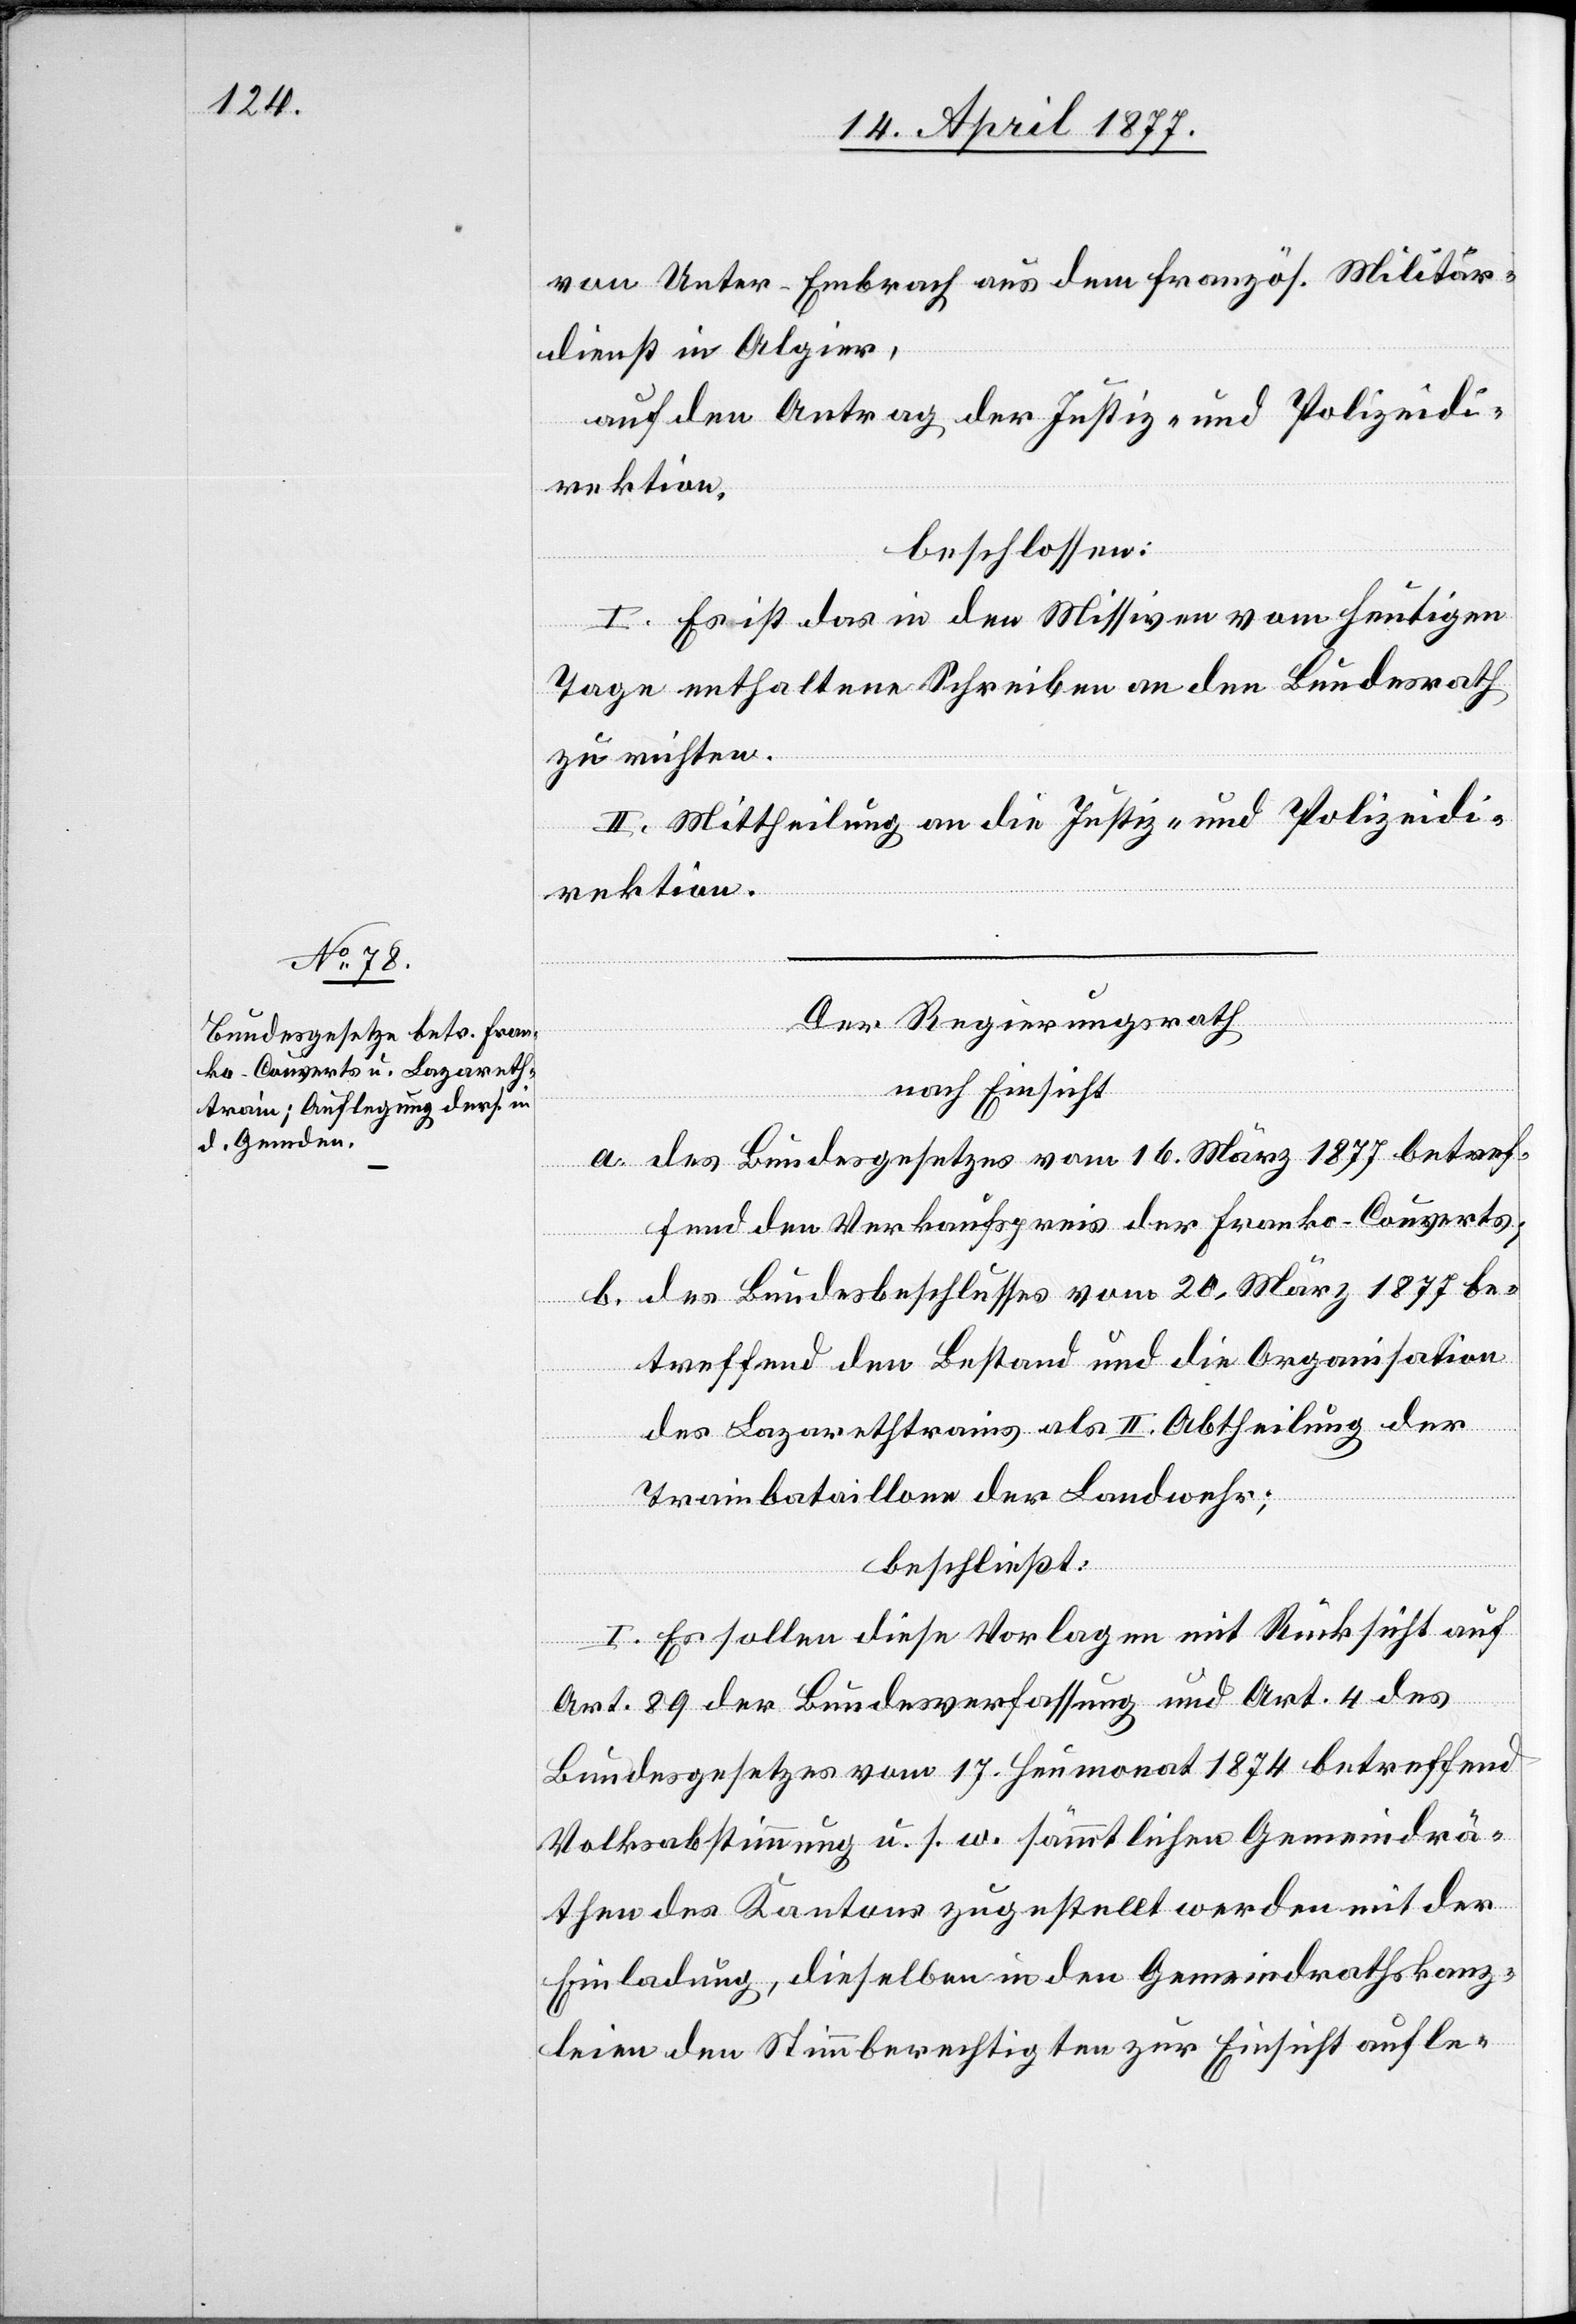
18. April 1877.]
von Unter-Embrach aus dem französ. Militär¬
dienst in Algier,
auf den Antrag der Justiz- und Polizeidi¬
rektion,
beschlossen:
I. Es ist das in den Missiven vom heutigen
Tage enthaltene Schreiben an den Bundesrath
zu richten.
II. Mittheilung an die Justiz- und Polizeidi¬
rektion.
Der Regierungsrath
nach Einsicht:
a. des Bundesgesetzes vom 16. März 1877 betref¬
fend den Verkaufspreis der Franko-Couverts;
b. des Bundesbeschlusses vom 20. März 1877 be¬
treffend den Bestand und die Organisation
des Lazarethtrains als II. Abtheilung der
Trainbataillone der Landwehr;
beschließt:
I. Es sollen diese Vorlagen mit Rücksicht auf
Art. 89 der Bundesverfassung und Art. 4 des
Bundesgesetzes vom 17. Heumonat 1874 betreffend
Volksabstimmung u. s. w. sämmtlichen Gemeindrä¬
then des Kantons zugestellt werden mit der
Einladung, dieselben in den Gemeindrathskanz¬
leien den Stimmberechtigten zur Einsicht aufle-